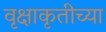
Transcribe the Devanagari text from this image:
वृक्षाकृतीच्या